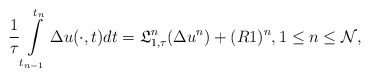
\begin{align*} \frac{1}{\tau}\int\limits_{t_{n-1}}^{t_{n}}\Delta u(\cdot,t)dt = \mathfrak{L}_{1,\tau}^{n}(\Delta u^{n})+(R1)^n, 1\leq n \leq \mathcal{N}, \end{align*}